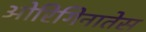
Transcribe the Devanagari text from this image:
ओरिगिनातेस